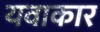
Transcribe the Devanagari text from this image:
यवाकार